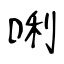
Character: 唎